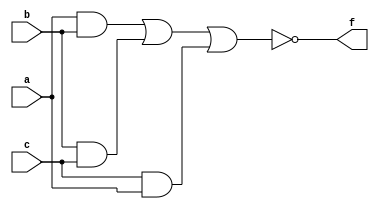
`timescale 1ns / 1ps
//////////////////////////////////////////////////////////////////////////////////
// Company: 
// Engineer: 
// 
// Design Name: 
// Module Name: Minority_Detector
// Project Name: 
// Target Devices: 
// Tool Versions: 
// Description: 
// 
// Dependencies: 
// 
// Revision:
// Revision 0.01 - File Created
// Additional Comments:
// 
//////////////////////////////////////////////////////////////////////////////////


module Minority_Detector(a,b,c,f);

    input a,b,c;
    output f;
    
    wire w1,w2,w3;
    
    assign w1=a&b;
    assign w2=b&c;
    assign w3=c&a;
    assign f=~(w1|w2|w3);
    
endmodule